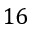
1 6